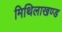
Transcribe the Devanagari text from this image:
मिथिलाखण्ड